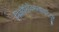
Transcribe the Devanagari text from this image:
निवहैरिहैकमत्याद्यददुष्टं